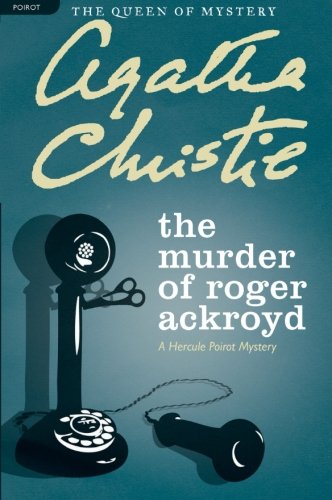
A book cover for The Murder of Roger Ackroyd: A Hercule Poirot Mystery (Hercule Poirot Mysteries); Agatha Christie; Comics & Graphic Novels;